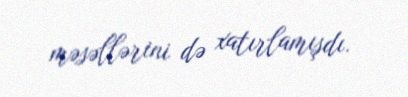
məsəllərini də xatırlamışdı.